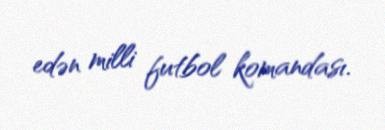
edən milli futbol komandası.